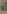
اه